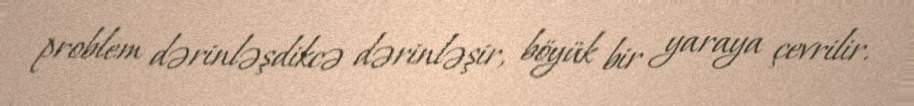
problem dərinləşdikcə dərinləşir, böyük bir yaraya çevrilir.